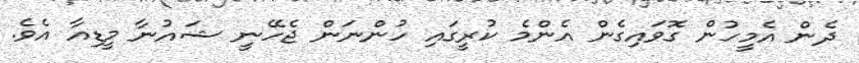
ދެން އެމީހުން ގޮވައިގެން އެންމެ ކުރީގައި ހުންނަން ޖެހޭނީ ޝައުނާ މީޑިއާ އެވެ.